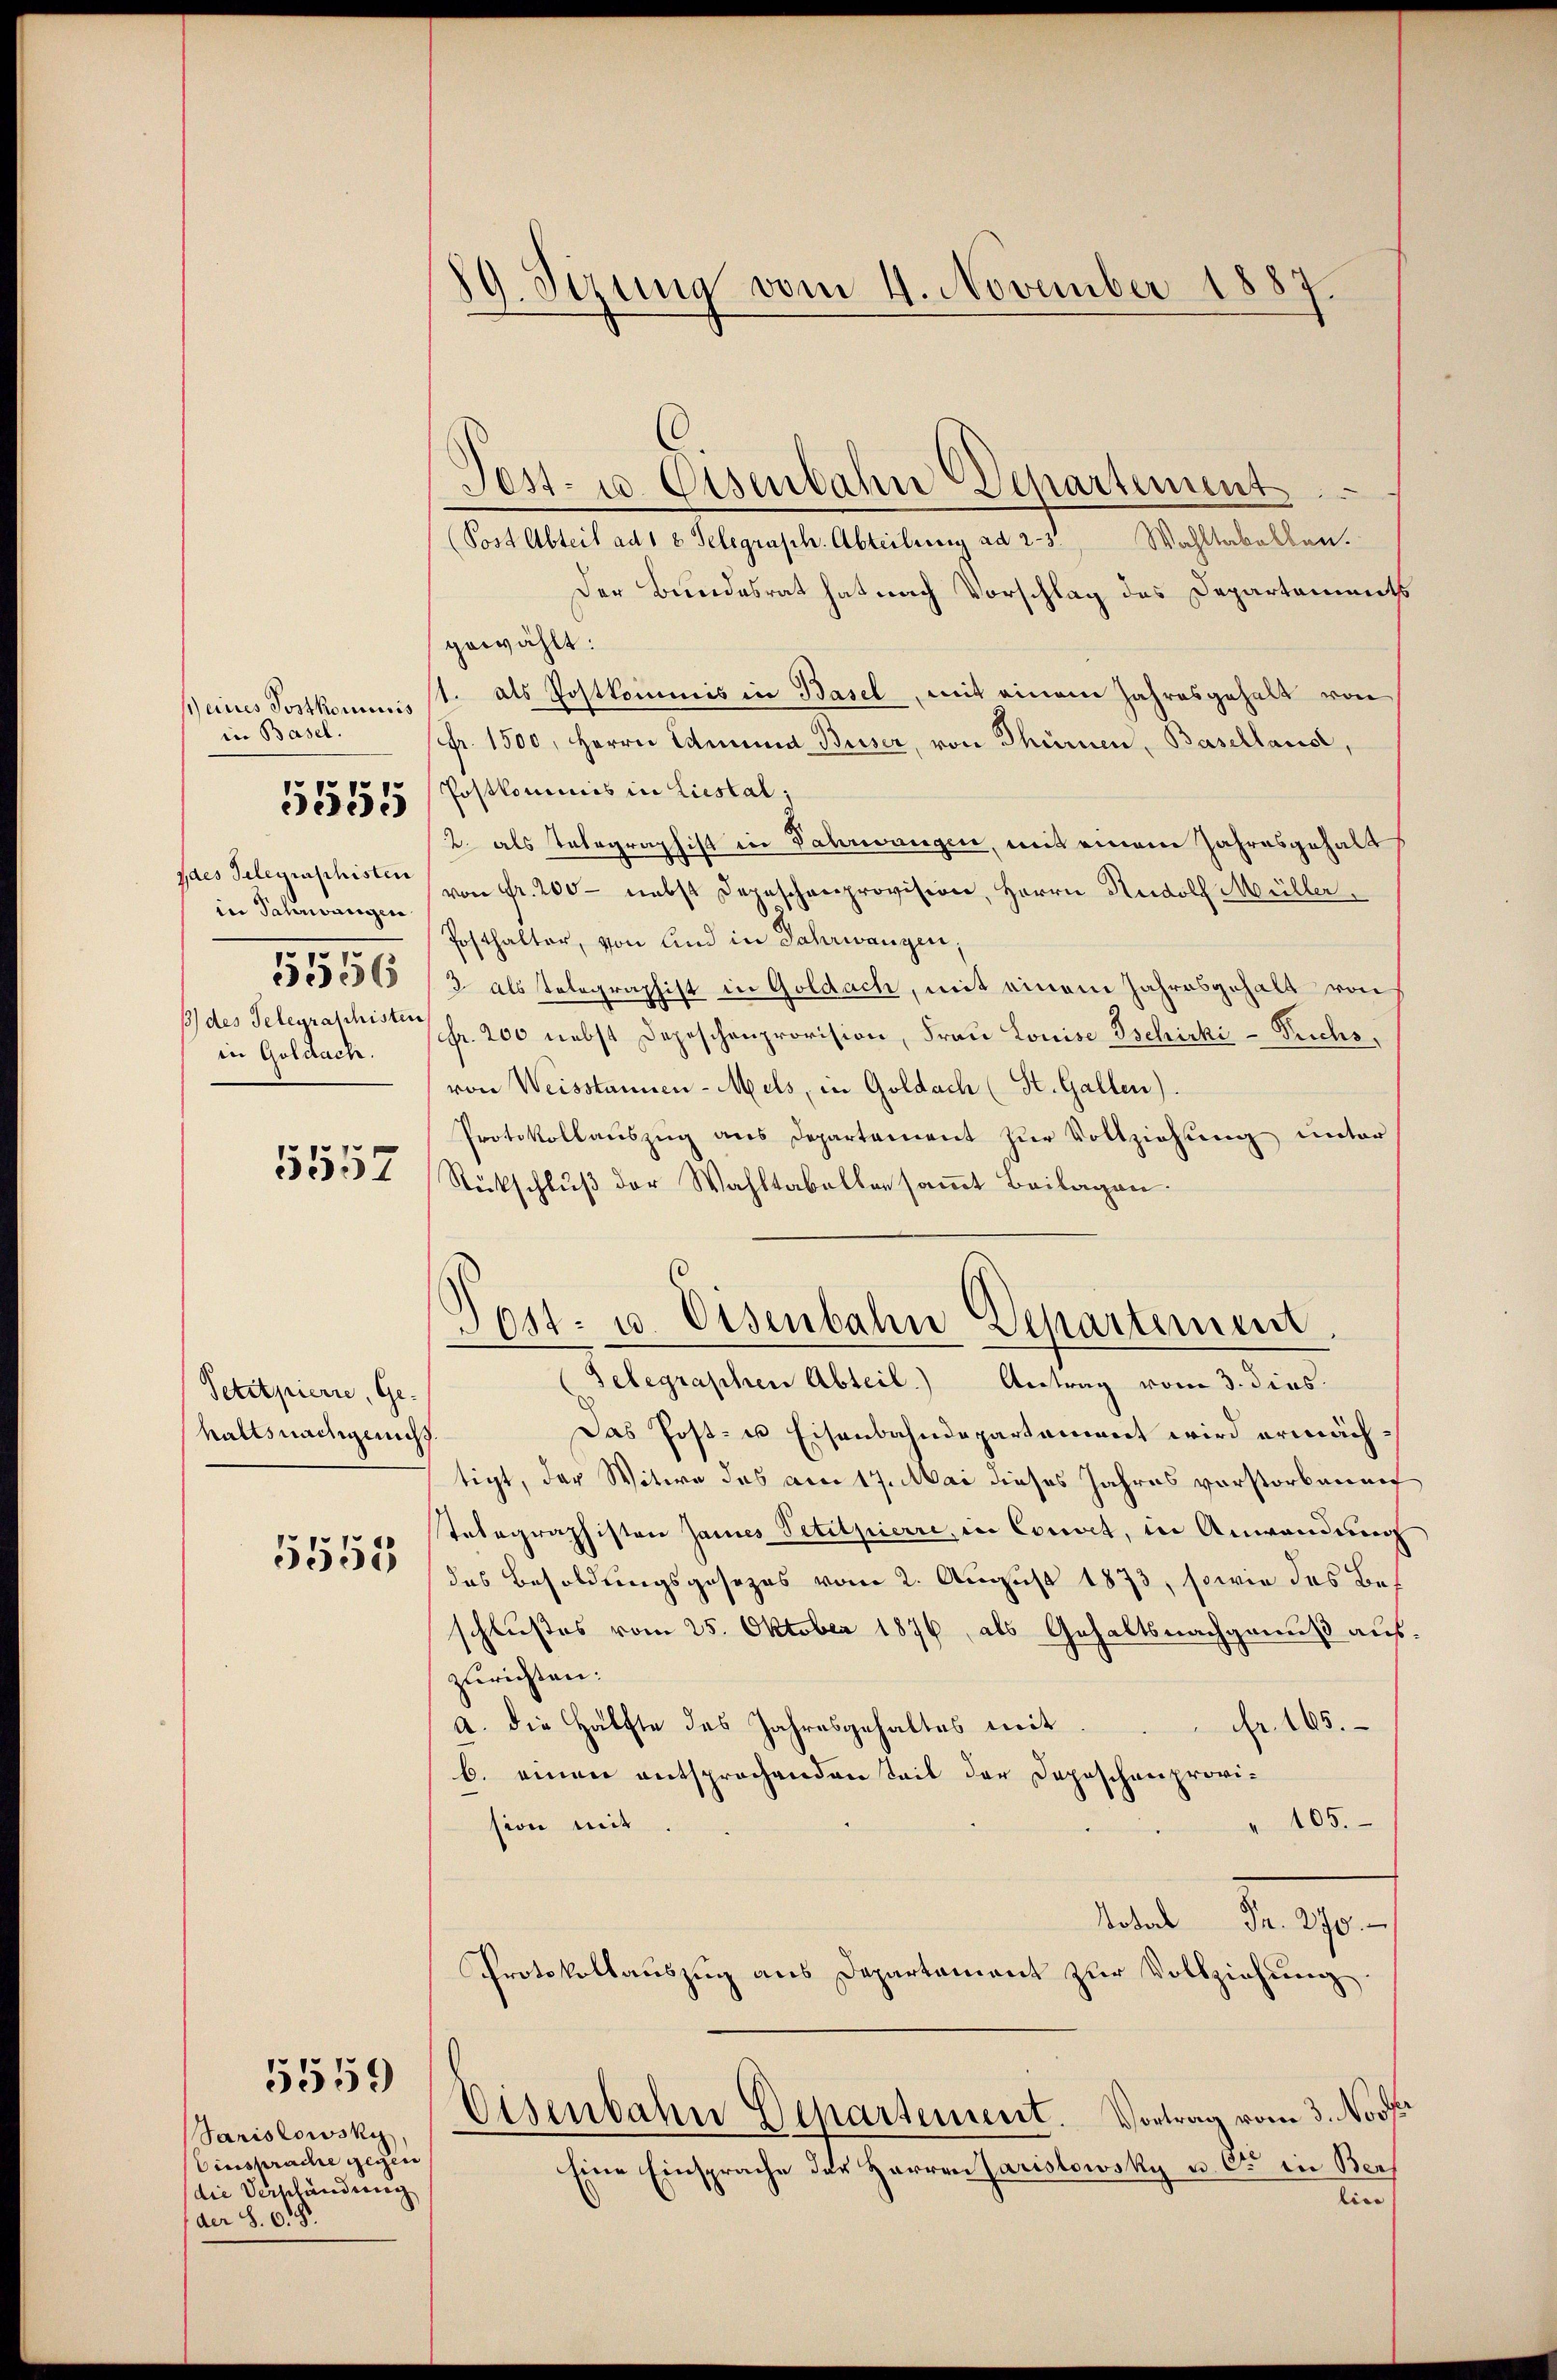
h eines Posthominis
in Basel.
Ides Telegraschisten
in Schwangen
5556
in Goldach.

5555

5557

Petitpierre, Gehaltsnachig nicht

5555

Sarislowsky
Einsprache gegen
die Verschändung
der S. 6

5559

19. Sezung vom 4. November 1887

Post- u. Eisenbahn Departement
Post Abteil ad 1 x Telegraph. Abteilung ad 2. 3. Wahltabellen.
Der Bundesrat hat nach Vorschlag des Departements
gewählt:
1. als Postkommis in Basel, mit einem Jahresgehalt von
sfr. 1500. Herrn Edmund Buser, von Thürnen, Basellause,
Postkommis in Liestal,
2. als Telegraphist in Jahrmangen, mit einem Jahresgehalt
von Fr. 200 - nebst Depeschenprovision, Herrn Rudolf Müller,
Posthalter, von und in Jahrwangen;
3 als Telegraphist in Goldach, mit einem Jahresgehalt von
6) des Telegraschirten Fr. 200 nebst Depeschenprovision, Frau Louise Tschicki - Buchs,
von Weisstannen-Mels, in Goldach (St. Gallen).
Protokollaŭszŭg ans Departament zŭr Vollziehung unter
Rückschluß der Wahltabellen sammt Beilagen.
Post- u. Eisenbahn Departement.
(Telegraphen Abteil.) Antrag vom 3. dies
Das Post- u Eisenbahndepartament wird ermächtigt, der Witwe das am 17. Mai dieses Jahres vorstorbenen
telegraphisten James Petitpierre, in Connet, in Anwendung
das Besoldungsgesezes vom 2. August 1873, sowie des Beschlußes vom 25. Oktober 1876, als Gehaltsnachgenuß auszurichten:
fr. 165.
a. die Hälfte des Jahresgehaltes mit.
b. einen entsprochenden Seit der Depeschenprovi¬
" 105.
sion mit
tadt Regen
Protokollauszug aus Departement zur Vollziehung.
Eisenbahn Departement. Vortrag vom 3. Nov
Eine Einsprache der Herren Paristowsky u. Cie in Ber
lice